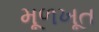
મૂળખૂત